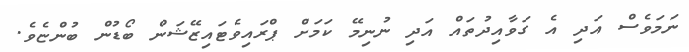
ނަމަވެސް އަދި އެ ގަވާއިދުތައް އަދި ނުނިމޭ ކަމަށް ޕްރައިވެޓައިޒޭޝަން ބޯޑުން ބުންޏެވެ.